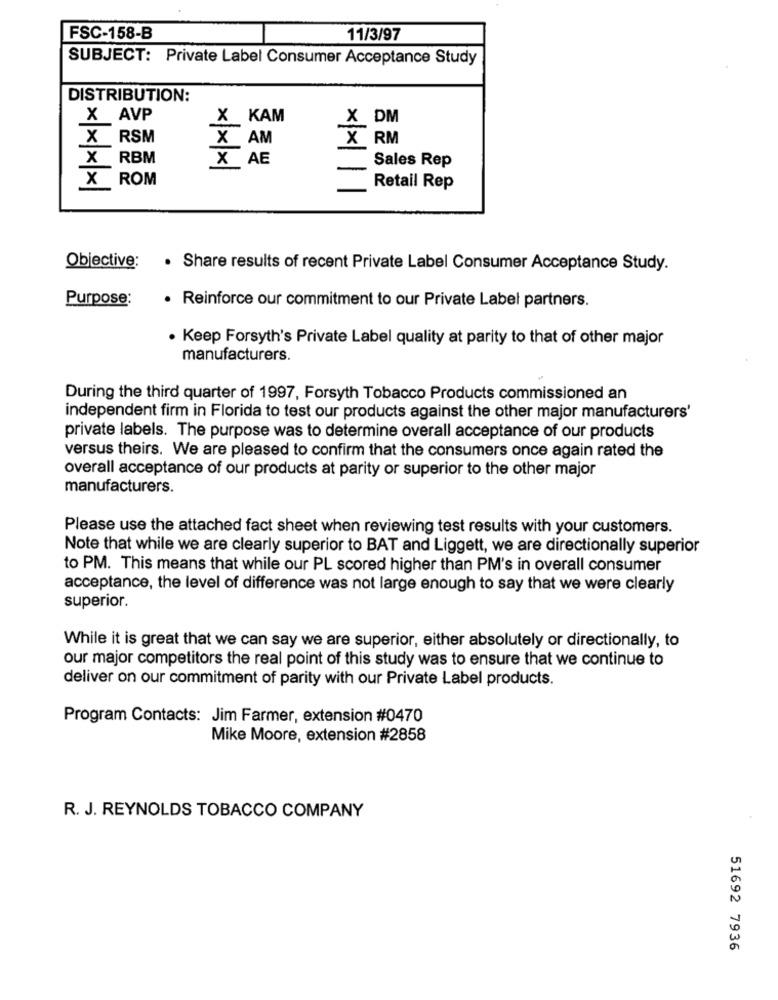
FSC-158-B
11/3/97
SUBJECT: Private Label Consumer Acceptance Study
DISTRIBUTION:
X AVP
X KAM
X DM
X RSM
X AM
X RM
X RBM
X AE
Sales Rep
x
ROM
Retail Rep
Objective:
· Share results of recent Private Label Consumer Acceptance Study.
Purpose:
· Reinforce our commitment to our Private Label partners.
. Keep Forsyth's Private Label quality at parity to that of other major
manufacturers.
During the third quarter of 1997, Forsyth Tobacco Products commissioned an
independent firm in Florida to test our products against the other major manufacturers'
private labels. The purpose was to determine overall acceptance of our products
versus theirs. We are pleased to confirm that the consumers once again rated the
overall acceptance of our products at parity or superior to the other major
manufacturers.
Please use the attached fact sheet when reviewing test results with your customers.
Note that while we are clearly superior to BAT and Liggett, we are directionally superior
to PM. This means that while our PL scored higher than PM's in overall consumer
acceptance, the level of difference was not large enough to say that we were clearly
superior.
While it is great that we can say we are superior, either absolutely or directionally, to
our major competitors the real point of this study was to ensure that we continue to
deliver on our commitment of parity with our Private Label products.
Program Contacts: Jim Farmer, extension #0470
Mike Moore, extension #2858
R. J. REYNOLDS TOBACCO COMPANY
51692 7936